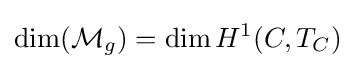
\dim({\mathcal {M}}_{g})=\dim H^{1}(C,T_{C})